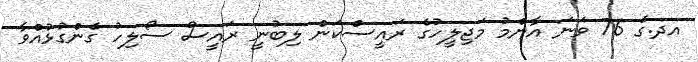
އދ.ގެ 76 ވަނަ އާންމު މަޖިލީހުގެ ރައީސްކަން ލިބުނީ ރައީސް ސޯލިހު ގެންގުޅުއްވާ